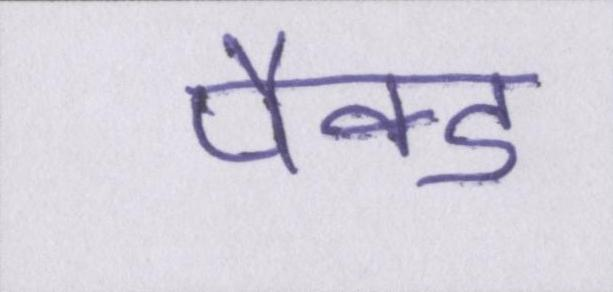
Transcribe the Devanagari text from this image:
पैक्ड